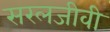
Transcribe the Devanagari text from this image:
सरलजीवी